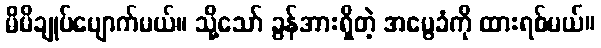
မိမိချုပ်ပျောက်မယ်။ သို့သော် ခွန်အားရှိတဲ့ အမွေခံကို ထားရစ်မယ်။